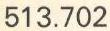
513.702